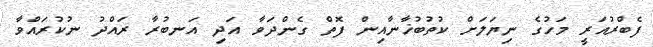
ފެބްރުއަރީ މަހުގެ ނިޔަލަށް ކުތުބުޚާނާއިން ފޮތް ގެންދަވާ އަދި އަނބުރާ ރައްދު ނުކުރައްވާ